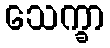
သေက္ခာ